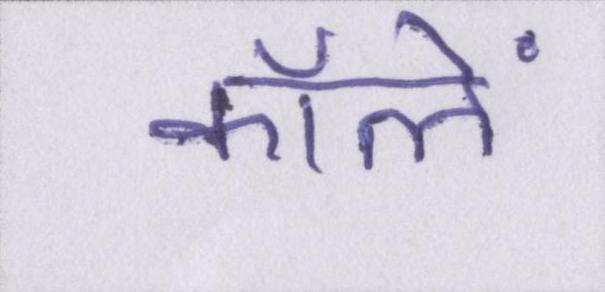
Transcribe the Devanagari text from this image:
कॉलें